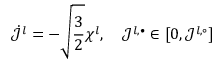
\dot { \mathcal { J } } ^ { l } = - \sqrt { \frac { 3 } { 2 } } \chi ^ { l } , \quad \mathcal { J } ^ { l , \bullet } \in [ 0 , \mathcal { J } ^ { l , \circ } ]